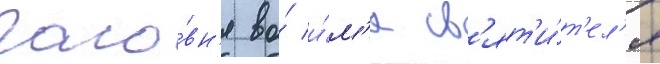
часо́вн'я во́ и́м'я св'ят'и́т'ел'я